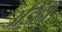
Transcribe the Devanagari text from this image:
उड़िहा